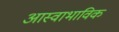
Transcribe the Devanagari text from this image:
आस्वाभाविक